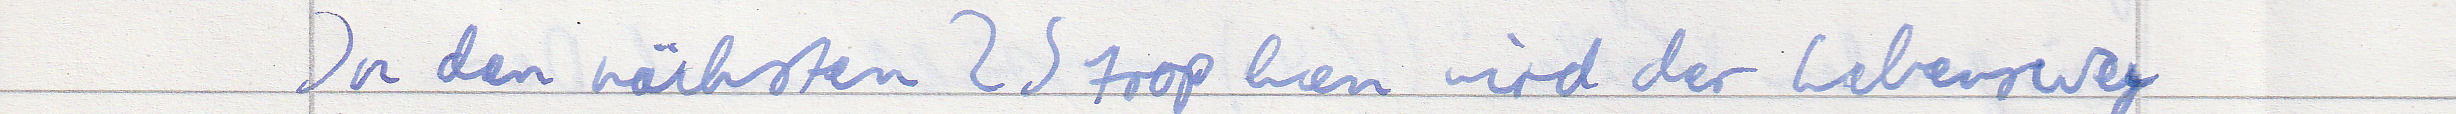
In den nächsten 2 Strophen wird der Lebensweg